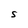
Character: S